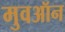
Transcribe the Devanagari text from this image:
मुवऑन